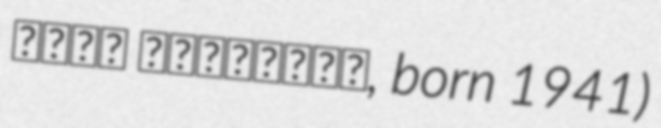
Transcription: خسرو منصوریان, born 1941)